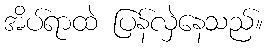
အိပ်ရာထဲ ပြန်လှဲနေသည်။